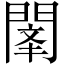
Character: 𲈫